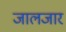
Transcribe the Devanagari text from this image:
जालजार